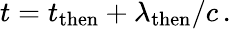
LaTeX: t=t_{\mathrm{then}}+\lambda_{\mathrm{then}}/c\, .